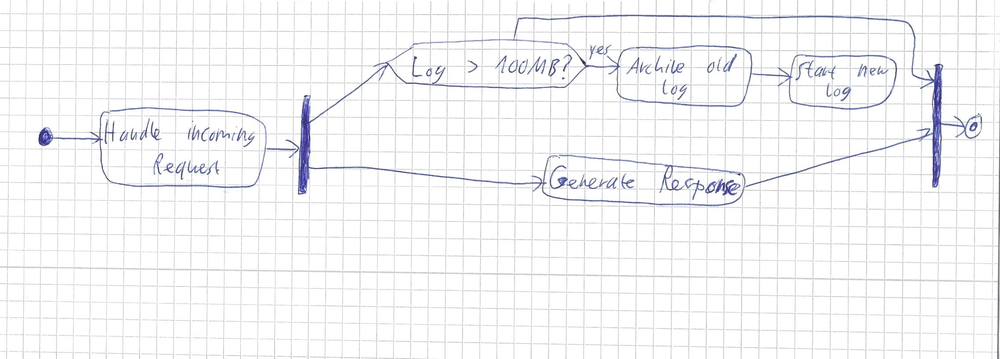
Diagram type: activity_diagram
```plantuml
@startuml

start
:Handle incoming Request;
fork
  :Generate Response;
fork again
  if (Log > 100MB?) then (yes)
    :Archive old log;
    :Start new log;
    detach
  endif
end fork
stop

@enduml
```